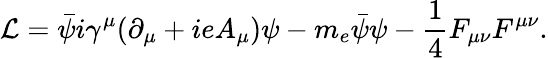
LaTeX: {\cal L}=\bar{\psi}i\gamma^{\mu}(\partial_{\mu}+ieA_{\mu})\psi-m_{e}{\bar{\psi}}\psi-{\frac{1}{4}}F_{\mu\nu}F^{\mu\nu}.